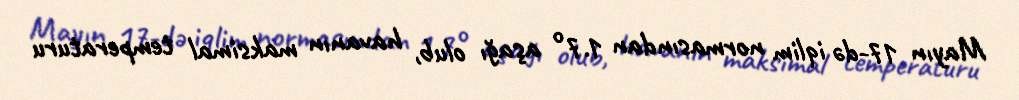
Mayın 17-də iqlim normasından 1.7° aşağı olub, havanın maksimal temperaturu